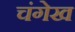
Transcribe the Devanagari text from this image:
चंगेख